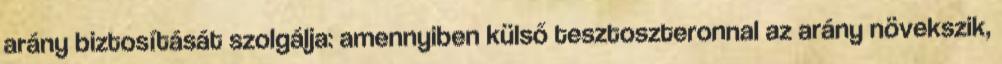
arány biztosítását szolgálja: amennyiben külső tesztoszteronnal az arány növekszik,